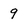
Character: 9